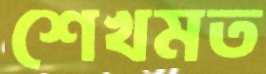
শেখমত